Indian journal of veterinary science and animal husbandry - Volume 3,
Year: 1933
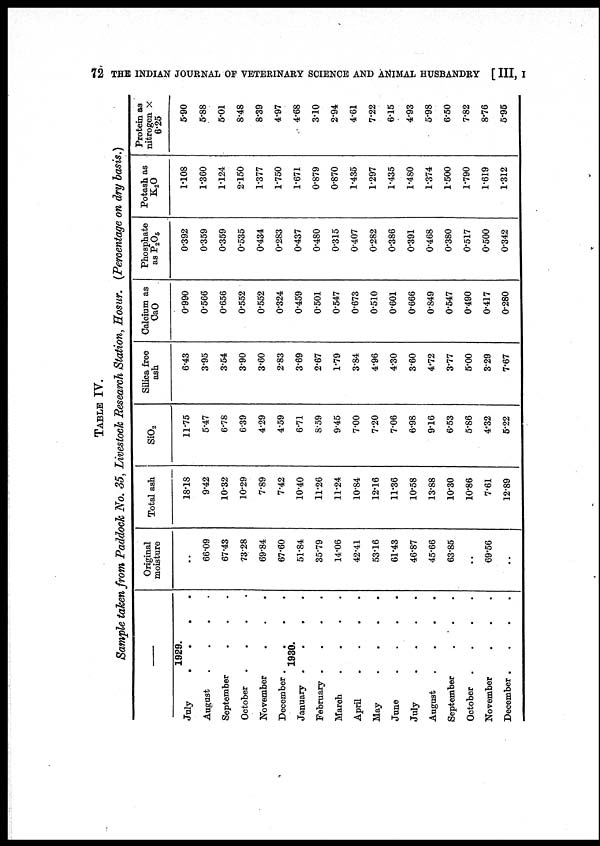
72 THE INDIAN JOURNAL OF VETERINARY SCIENCE AND ANIMAL HUSBANDRY [ III, I
TABLE IV.
Sample taken from Paddock No. 35, Livestock Research Station, Hosur. (Percentage on dry basis.)
—
1929.
July . . . .
August . . . .
September . . .
October . . . .
November . . . .
December . . . .
1930.
January . . . .
February . . . .
March . . . .
April . . . .
May . . . .
June . . . .
July . . . .
August . . . .
September . . .
October . . . .
November . . .
December . . . .
Original
moisture
..
66.09
67.43
73.28
69.84
67.60
51.84
35.79
14.06
42.41
53.16
61.43
46.87
45.66
63.85
. .
69.56
..
Total ash
18.18
9.42
10.32
10.29
7.89
7.42
10.40
11.26
11.24
10.84
12.16
11.36
10.58
13.88
10.30
10.86
7.61
12.89
SiO 2
11.75
5.47
6.78
6.39
4.29
4.59
6.71
8.59
9.45
7.00
7.20
7.06
6.98
9.16
6.53
5.86
4.32
5.22
Silica free
ash
6.43
3.95
3.54
3.90
3.60
2.83
3.69
2.67
1.79
3.84
4.96
4.30
3.60
4.72
3.77
5.00
3.29
7.67
Calcium as
CaO
0.990
0.566
0.656
0.552
0.552
0.324
0.459
0.501
0.547
0.673
0.510
0.601
0.666
0.849
0.547
0.490
0.417
0.280
Phosphate
as P 2 O 5
0.392
0.359
0.359
0.535
0.434
0.283
0.437
0.480
0.315
0.407
0.282
0.386
0.391
0.468
0.380
0.517
0.500
0.342
Potash as
K 2 O
1.108
1.360
1.124
2.150
1.377
1.750
1.671
0.879
0.870
1.435
1.297
1.435
1.480
1.374
1.500
1.790
1.619
1.312
Protein as
nitrogen ×
6.25
5.90
5.88
5.01
8.48
8.39
4.97
4.68
3.10
2.94
4.61
7.22
6.15
4.93
5.98
6.50
7.82
8.76
5.95